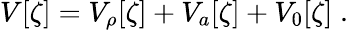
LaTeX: V[\zeta]=V_{\rho}[\zeta]+V_{a}[\zeta]+V_{0}[\zeta]\; .